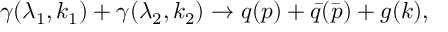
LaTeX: \gamma ( \lambda _ { 1 } , k _ { 1 } ) + \gamma ( \lambda _ { 2 } , k _ { 2 } ) \to q ( p ) + \bar { q } ( \bar { p } ) + g ( k ) ,